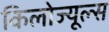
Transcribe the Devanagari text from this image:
किलोज्यूल्स